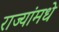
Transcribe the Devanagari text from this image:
राज्यांमधे